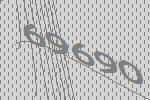
69690